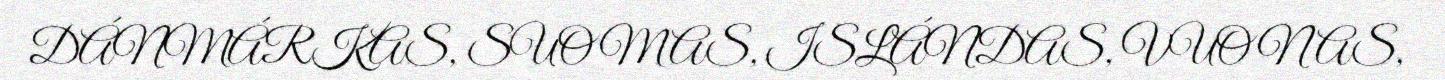
DÁNMÁRKAS, SUOMAS, ISLÁNDAS, VUONAS,